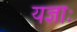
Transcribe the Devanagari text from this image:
यज्ञाः